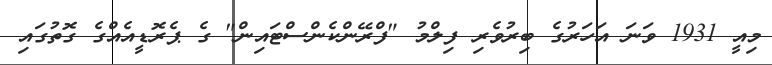
މިއީ 1931 ވަނަ އަހަރުގެ ބިރުވެރި ފިލްމު "ފްރޭންކެންސްޓައިން" ގެ ޕެރޮޑީއެއްގެ ގޮތުގައި